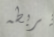
يربطه